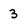
Character: 3